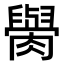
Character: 𦡭